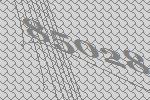
85028